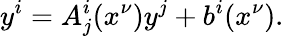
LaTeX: y^{i}=A_{j}^{i}(x^{\nu})y^{j}+b^{i}(x^{\nu}).